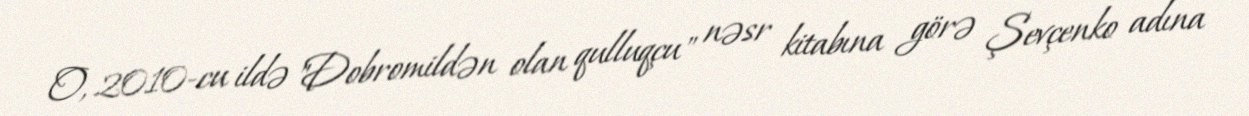
O, 2010-cu ildə "Dobromildən olan qulluqçu" nəsr kitabına görə Şevçenko adına